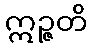
ဣဉ္ဇတိ